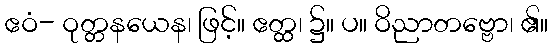
ဧဝံ- ဝုတ္တနယေန၊ ဖြင့်။ ဧတ္ထ၊ ၌။ ပ။ ဝိညာတဗ္ဗော၊ ၏။